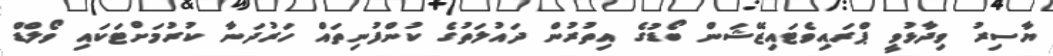
ޔާސިރު ވިދާޅުވީ ޕްރައިވެޓައިޒޭޝަން ބޯޑުގެ އިތުރުން ދައުލަތުގެ ކުންފުނިތައް ހަރުދަނާ ކުރުމަށްޓަކައި ވޯލްޑް